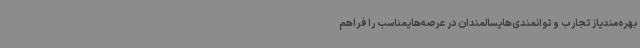
بهره‌مندیاز تجارب و توانمندی‌هایسالمندان در عرصه‌هایمناسب را فراهم